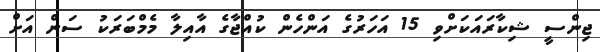
ޖިންސީ ޝިކާރައަކަށްވި 15 އަހަރުގެ އަންހެން ކުއްޖާގެ އާއިލާ މެމްބަރަކު ސަން އަށް